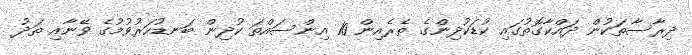
ދިރާސާތަކުން ދައްކާގޮތުގައި ކުޑަކުދިންގެ ތެރެއިން 10 އިންސައްތަ ކުދިން ބަނޑުހަރުވުމުގެ ވޭނާއި ތަދު